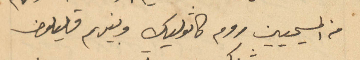
من المسيحيين روم كاثوليك وبينهم قليلون